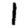
Digit: 1